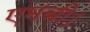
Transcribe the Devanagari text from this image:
एमबी।